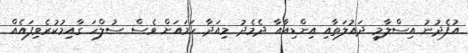
އުފެދުނު އިސްލާމީ ދައުލަތާއި އިންޑިއާއާ ދެމެދު މިއަދާ ހަމައަށް ވެސް ސުލްހަ ގާއިމުކުރެވިފައެއް